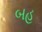
બહ